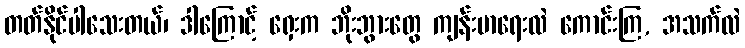
တတ်နိုင်ပါသေးတယ်၊ ဒါကြောင့် ရှေးက ဘိုးဘွားတွေ ကျန်းမာရေးလဲ ကောင်းကြ, အသက်လဲ